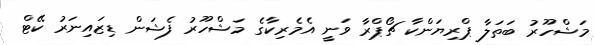
މަޝްހޫރު ބަތަލާ ޕްރިޔަންކާ ޗޯޕްރާ ވަނީ އެމެރިކާގެ މަޝްހޫރު ފެޝަން ޑިޒައިނަރު ކޭޓް